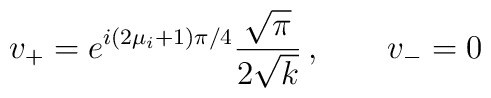
v_+= e^{i(2\mu_i+1)\pi/4} {\sqrt{\pi} \over 2\sqrt{k}} \, , \qquad v_-=0 \,